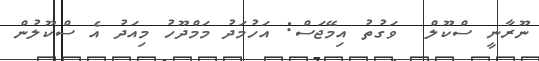
ނޫރާނީ ސްކޫލް  ވަގުތު އިމޭޖަސް: އަހުމަދު މަމްދޫހު މިއަދު އެ ސްކޫލުން